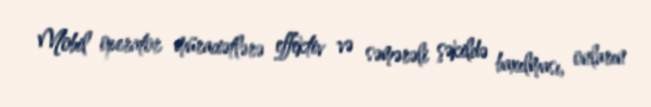
Mobil operator müraciətlərə effektiv və səmərəli şəkildə baxılması, onların